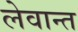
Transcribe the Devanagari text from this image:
लेवान्त